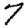
Digit: 7